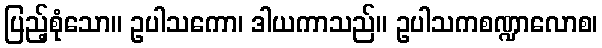
ပြည့်စုံသော။ ဥပါသကော၊ ဒါယကာသည်။ ဥပါသကစဏ္ဍာလောစ၊